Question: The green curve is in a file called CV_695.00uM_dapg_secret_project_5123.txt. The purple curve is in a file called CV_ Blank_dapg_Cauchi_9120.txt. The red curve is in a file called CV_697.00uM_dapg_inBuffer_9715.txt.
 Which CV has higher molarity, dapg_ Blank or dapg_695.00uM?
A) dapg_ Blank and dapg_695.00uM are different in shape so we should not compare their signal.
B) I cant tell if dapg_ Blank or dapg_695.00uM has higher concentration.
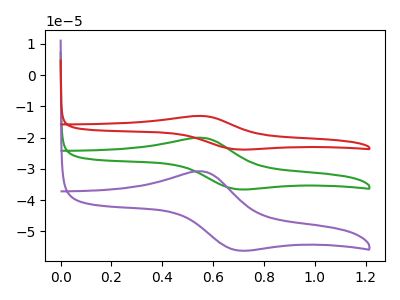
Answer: <think>The green curve "dapg_695.00uM" has an anodic peak at (0.55V, -20.05uA) and a cathodic peak at (0.70V, -36.50uA). The purple curve "dapg_ Blank" has an anodic peak at (0.55V, -30.80uA) and a cathodic peak at (0.70V, -56.10uA). The red curve "dapg_697.00uM" has an anodic peak at (0.55V, -40.10uA) and a cathodic peak at (0.70V, -73.05uA).
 All the peaks in "dapg_ Blank" have a peak in "dapg_695.00uM" at the same potential.</think>
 <answer>B) I cant tell if "dapg_ Blank" or "dapg_695.00uM" has higher concentration.</answer>
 <eval>B</eval>